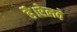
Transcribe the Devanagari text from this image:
है।रेलवे